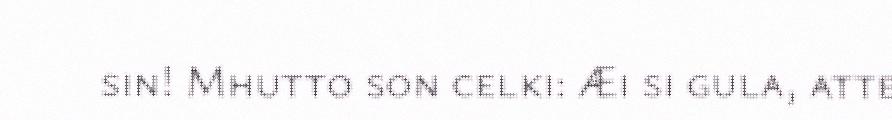
sin! Mhutto son celki: Æi si gula, atte